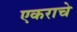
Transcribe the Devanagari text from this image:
एकराचे